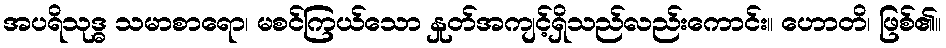
အပရိသုဒ္ဓ သမာစာရော၊ မစင်ကြယ်သော နှုတ်အကျင့်ရှိသည်လည်းကောင်း။ ဟောတိ၊ ဖြစ်၏။